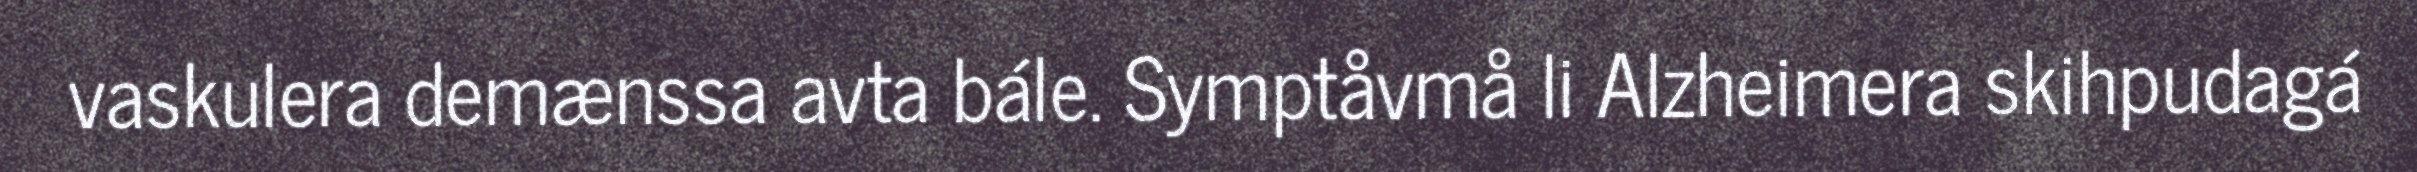
vaskulera demænssa avta bále. Symptåvmå li Alzheimera skihpudagá